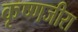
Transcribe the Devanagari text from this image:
कृष्णजीरा